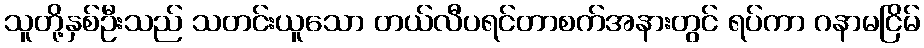
သူတို့နှစ်ဦးသည် သတင်းယူသော တယ်လီပရင်တာစက်အနားတွင် ရပ်ကာ ဂနာမငြိမ်